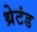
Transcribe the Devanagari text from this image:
थ्रेटंड